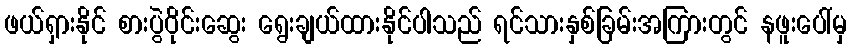
ဖယ်ရှားနိုင် စားပွဲဝိုင်းဆွေး ရွေးချယ်ထားနိုင်ပါသည် ရင်သားနှစ်ခြမ်းအကြားတွင် နဖူးပေါ်မှ